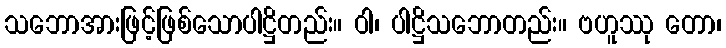
သဘောအားဖြင့်ဖြစ်သောပါဋ္ဌိတည်း။ ဝါ၊ ပါဋ္ဌိသဘောတည်း။ ဗဟူဿု တော၊